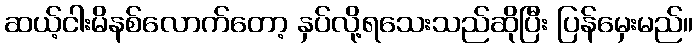
ဆယ့်ငါးမိနစ်လောက်တော့ နှပ်လို့ရသေးသည်ဆိုပြီး ပြန်မှေးမည်။